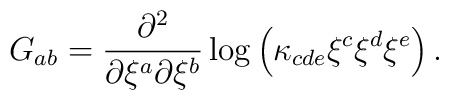
G_{ab} = \frac{\partial^2}{\partial \xi^a\partial \xi^b}\log\left(      \kappa_{cde}\xi^c\xi^d\xi^e\right).